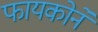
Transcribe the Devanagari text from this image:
फायकोने